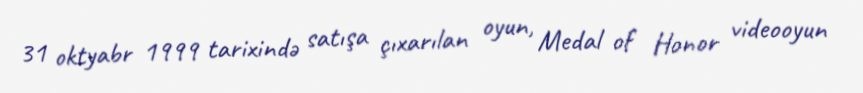
31 oktyabr 1999 tarixində satışa çıxarılan oyun, Medal of Honor videooyun